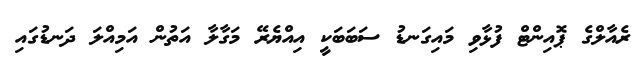
ރެއާލްގެ ޕޮއިންޓް ފުޅާވި މައިގަނޑު ސަބަބަކީ އިއްޔެރޭ މަގާލާ އަތުން އަމިއްލަ ދަނޑުގައި